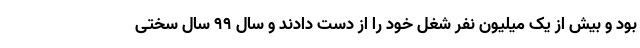
بود و بیش از یک میلیون نفر شغل خود را از دست دادند و سال 99 سال سختی